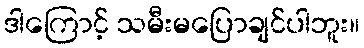
ဒါကြောင့် သမီးမပြောချင်ပါဘူး။